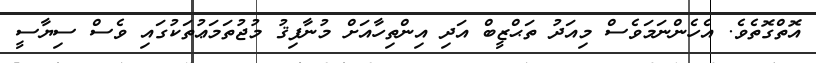
އޮތްގޮތެވެ. އެހެންނަމަވެސް މިއަދު ތަޙްޒީބް އަދި އިންތިހާއަށް މުނާފިޤު މުޖުތަމަޢުތަކުގައި ވެސް ސިޔާސީ